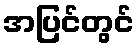
အပြင်တွင်